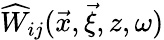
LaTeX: \widehat{W}_{ij}(\vec{x},\vec{\xi},z,\omega)